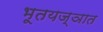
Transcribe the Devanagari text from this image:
भूतयज्ञात